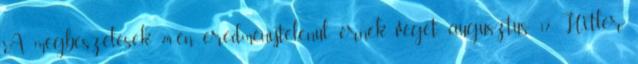
A megbeszélések 24-én eredménytelenül érnek véget. augusztus 17. Hitler